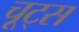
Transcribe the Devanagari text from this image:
चूट्स